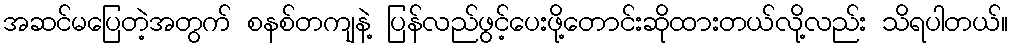
အဆင်မပြေတဲ့အတွက် စနစ်တကျနဲ့ ပြန်လည်ဖွင့်ပေးဖို့တောင်းဆိုထားတယ်လို့လည်း သိရပါတယ်။